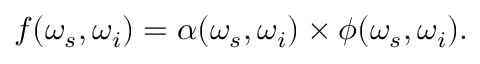
f ( \omega _ { s } , \omega _ { i } ) = \alpha ( \omega _ { s } , \omega _ { i } ) \times \phi ( \omega _ { s } , \omega _ { i } ) .